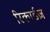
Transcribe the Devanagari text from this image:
रिकार्डज़